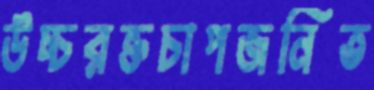
উচ্চরক্তচাপজনিত